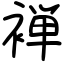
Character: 褝